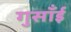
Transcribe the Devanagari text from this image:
गुसाँई